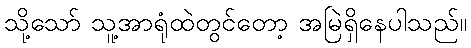
သို့သော် သူ့အာရုံထဲတွင်တော့ အမြဲရှိနေပါသည်။